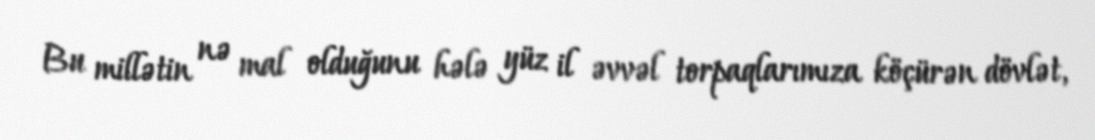
Bu millətin nə mal olduğunu hələ yüz il əvvəl torpaqlarımıza köçürən dövlət,